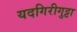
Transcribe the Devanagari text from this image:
यदगिरीगुट्टा